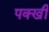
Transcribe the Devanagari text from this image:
पक्खी